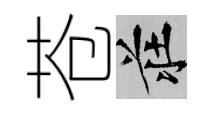
苍莊